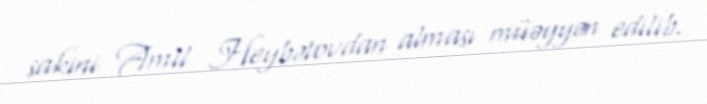
sakini Amil Heybətovdan alması müəyyən edilib.